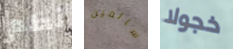
نظم سالمين خجولا